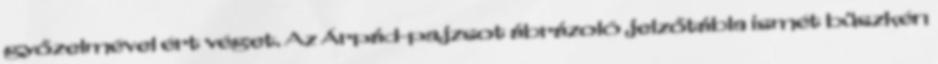
győzelmével ért véget. Az Árpád-pajzsot ábrázoló jelzőtábla ismét büszkén